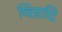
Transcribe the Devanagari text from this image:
चित्रादि